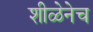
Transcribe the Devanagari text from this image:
शीळेनेच